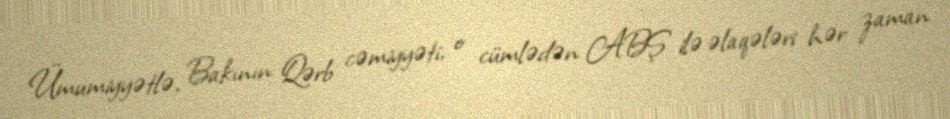
Ümumiyyətlə, Bakının Qərb cəmiyyəti, o cümlədən ABŞ ilə əlaqələri hər zaman